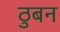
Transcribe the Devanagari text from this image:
ठुबन